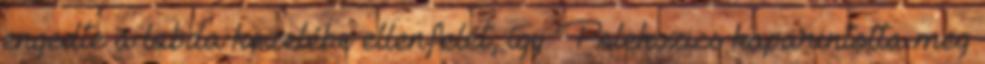
engedte a labda közelébe ellenfelét, így Polekszics kaparintotta meg